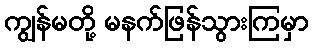
ကျွန်မတို့ မနက်ဖြန်သွားကြမှာ